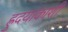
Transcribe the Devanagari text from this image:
ह्रुदयाकाशी